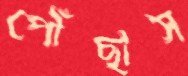
পৌঁছাস